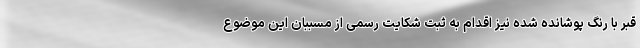
قبر با رنگ پوشانده شده نیز اقدام به ثبت شکایت رسمی از مسببان این موضوع